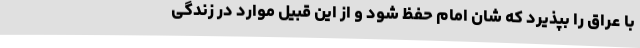
با عراق را بپذیرد که شان امام حفظ شود و از این قبیل موارد در زندگی